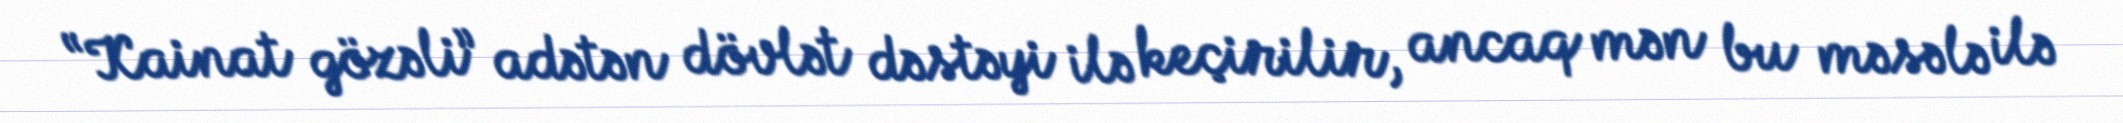
“Kainat gözəli” adətən dövlət dəstəyi ilə keçirilir, ancaq mən bu məsələ ilə